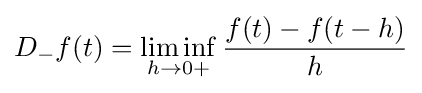
D_{-}f(t)=\liminf _{h\to {0+}}{\frac {f(t)-f(t-h)}{h}}